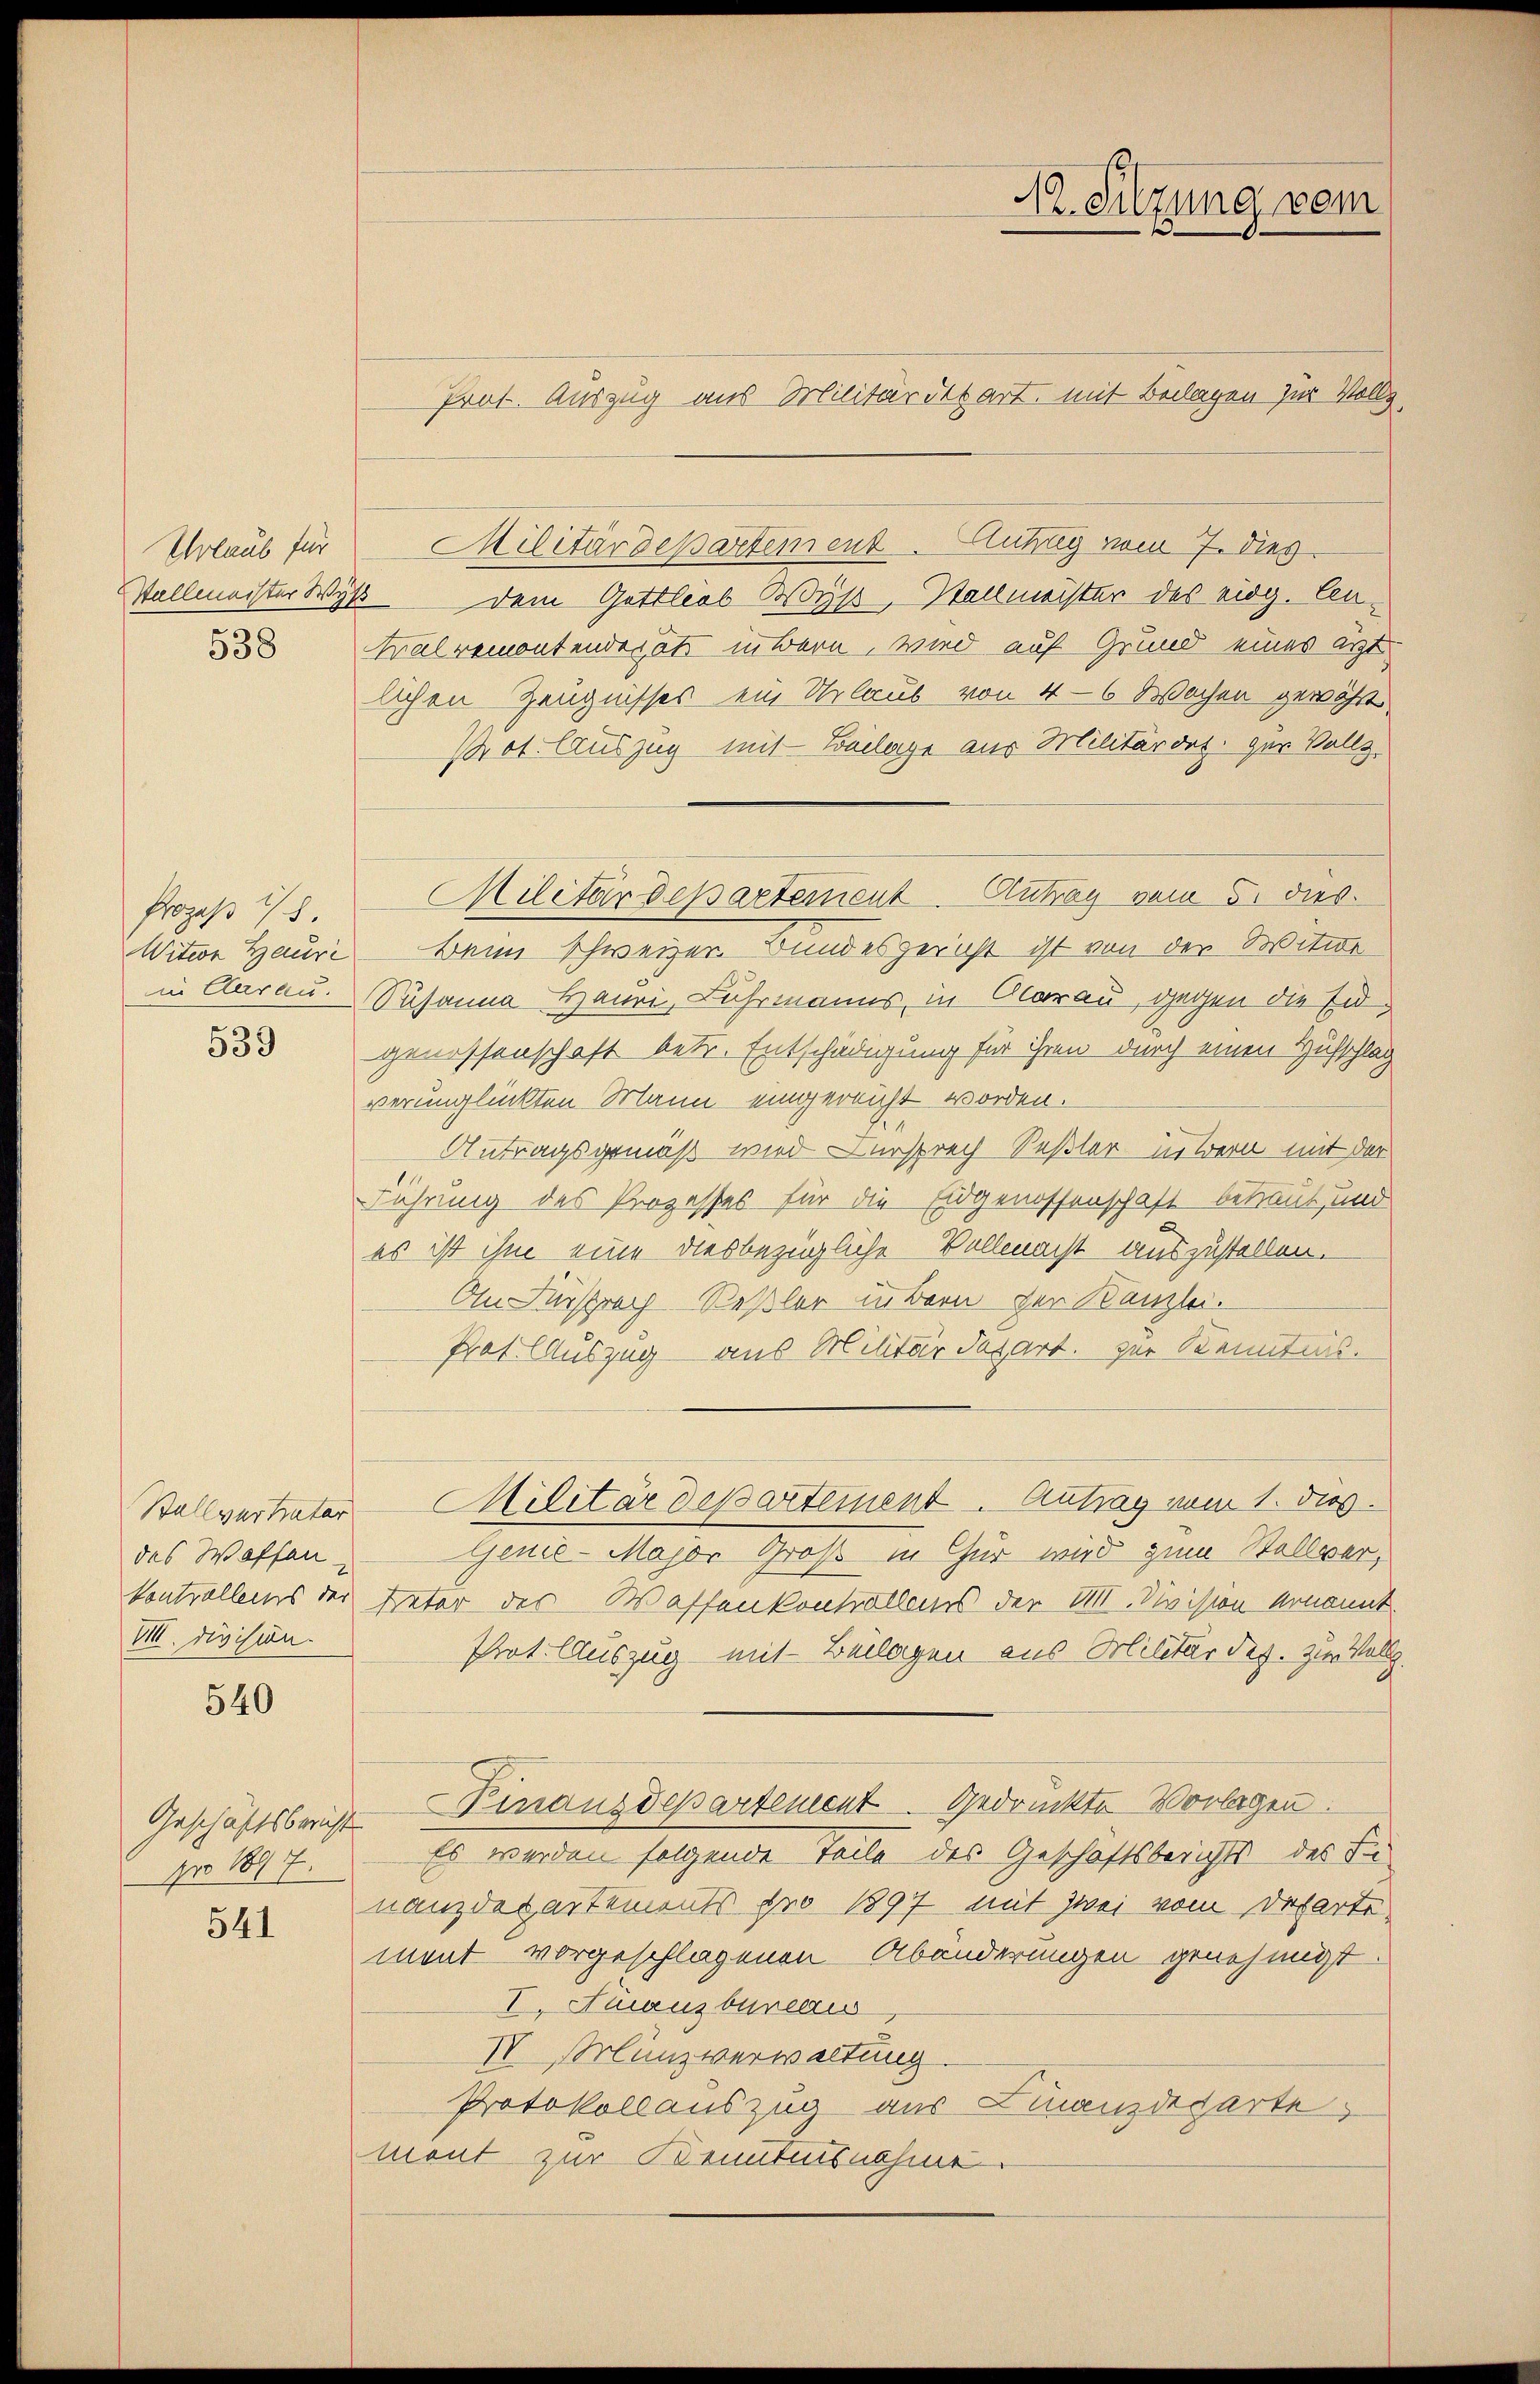
Urlaub für

538

Prozeß 18.
Witer Hauri

539

Stallvertrater
des Waffen
VIII. Division.

540

Geschäftsbericht
Nro 1817.

541

Prot. Auszug aus Militärdepart, mit Beilagen zur Vollz
Militärdepartement. Aufrig vom 7. dies
Vallmachter Wyß dem Gottlob Wyß, Stallmeister des eidg. Cen¬
Tralremontendepots intern, wird auf Grund eines ärzt
lichen Zeugnisses ein Urlaub von 4-6 Wochen gewählt
Prot. lauszug mit Beilage aus Militärdet, zur Vollz
Beim Schweizer. Bundesgericht ist von der Witwe
in darau. Susanna Hauri, Fuhrmanns, in Clarau, gegen die Eidgenossenschaft betr. Entschädigung für ihren durch einen Hufschlag
verunglückten Mann eingereicht worden.
Antragsgemäß wird dersprech Seßler in Bern mit der
Führung des Prozesses für die Eidgenossenschaft betraut, und
es ist ihm eine diesbezügliche Vollmacht auszustellen.
An Fürsprach Keßler übern der Kanzlei.
Prot. Auszug aus Militärdepart. zur Kenntnis.
Militärdepartement. Antrag vom 1. dies
Genie-Major Groß in Chur wird zum Stellverkontrollens der Peter des Waffenkontrollens der VIII. Division ernannt.
Prot. Auszug mit Beilagen aus Militärdep. zur Vollz
Pinanzdepartement Gedrückte Vorlagen.
Es werden folgende Teile des Geschäftsberichts des In
nanzdepartements pro 1897 mit zwei vom Departe
ment vorgeschlagenen Abänderungen genehmigt.
I. Finanzbureaus
IV Münzverwaltung
Protokollauszug aus Finanzdeparte
ment zur Kenntnisnahme

Militärdepartement. Antrag vom 5. dies

A. Sitzung vom